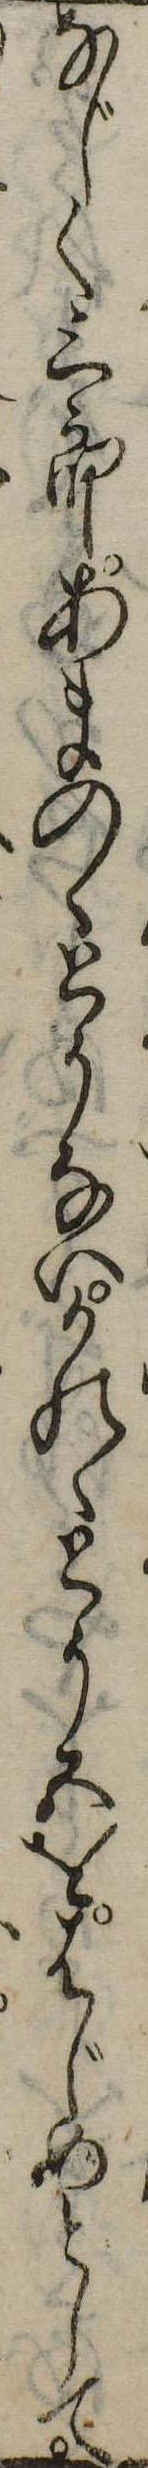
なじく三郎あまのゝとうないかのゝとう五をはじめとして